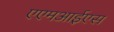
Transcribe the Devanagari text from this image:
एएमआईएस